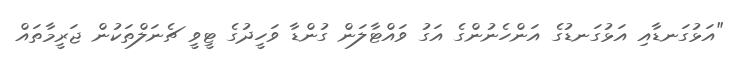
"އަޅުގަނޑާއި އަޅުގަނޑުގެ އަންހެނުންގެ އަގު ވައްޓާލަން ގުންޑާ ވަހީދުގެ ޓީވީ ޗެނަލްތަކުން ޖަރީމާތައް